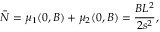
\bar { N } = \mu _ { 1 } ( 0 , B ) + \mu _ { 2 } ( 0 , B ) = \frac { B L ^ { 2 } } { 2 s ^ { 2 } } ,